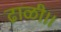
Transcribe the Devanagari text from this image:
ढाळी।।